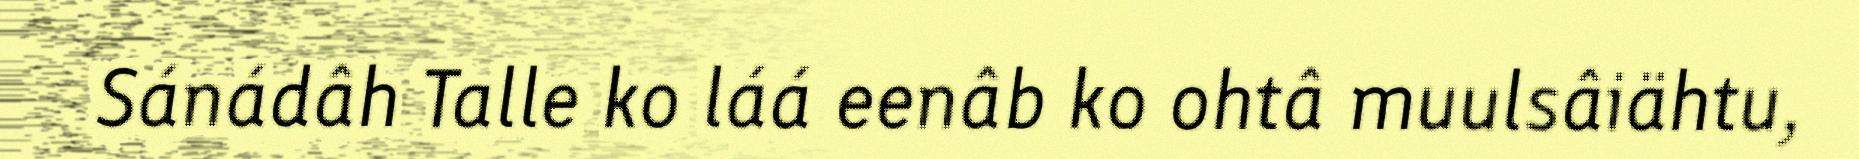
Sánádâh Talle ko láá eenâb ko ohtâ muulsâiähtu,